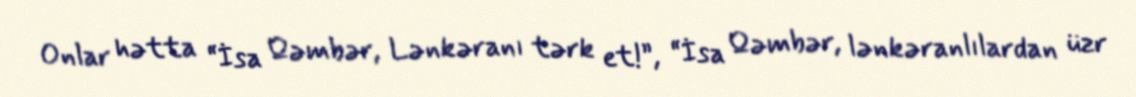
Onlar hətta “İsa Qəmbər, Lənkəranı tərk et!”, “İsa Qəmbər, lənkəranlılardan üzr